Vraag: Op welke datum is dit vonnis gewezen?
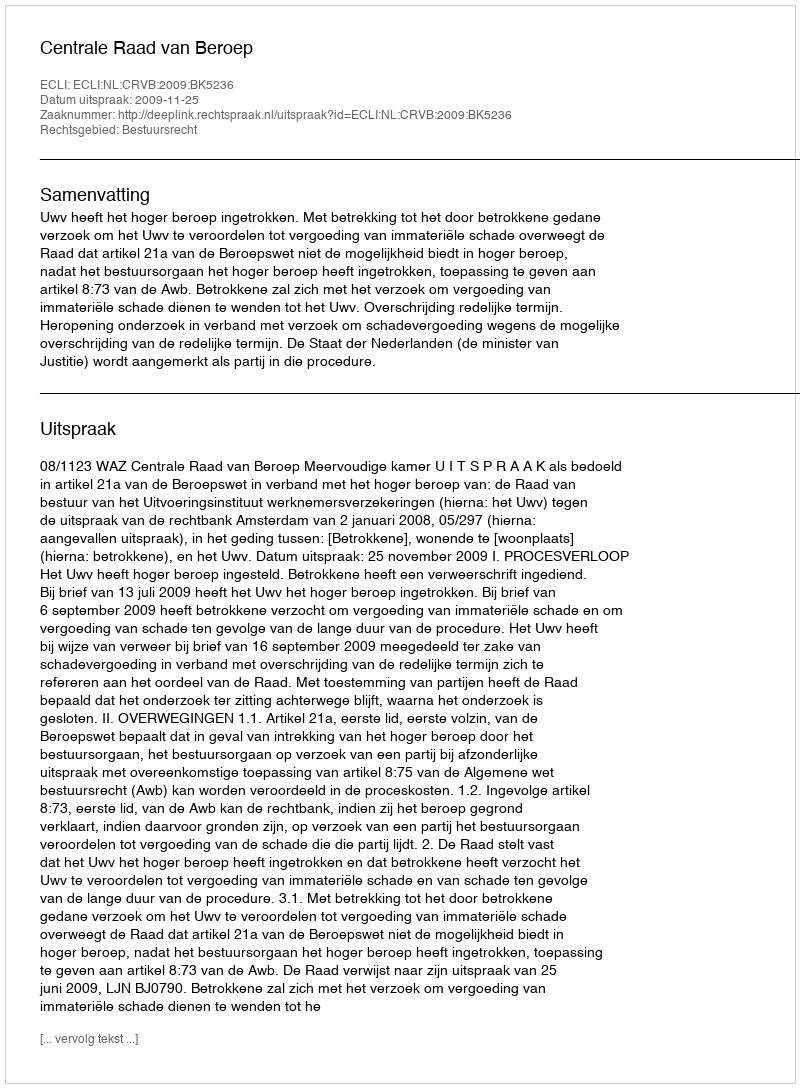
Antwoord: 2009-11-25